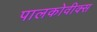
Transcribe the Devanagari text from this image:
पालकोवीक्स